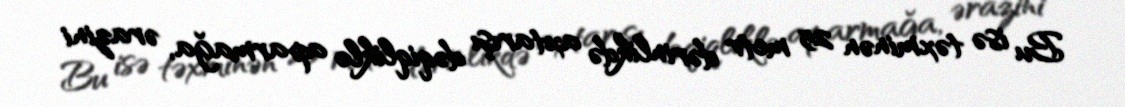
Bu isə təxminən 25 metr dərinlikdə axtarışı dəqiqliklə aparmağa, ərazini